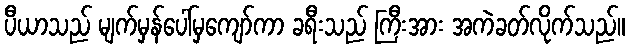
ပီယာသည် မျက်မှန်ပေါ်မှကျော်ကာ ခရီးသည် ကြီးအား အကဲခတ်လိုက်သည်။